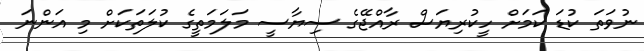
ނުވަތަ ކުޑަ ކަމަށް ހީކުރިޔަސް ރާއްޖޭގެ ސިޔާސީ މަލަމަތީގެ ކުލަތަކަށް މި އަންނަ